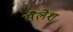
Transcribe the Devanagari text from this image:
सैलेश